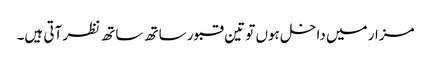
مزار میں داخل ہوں تو تین قبور ساتھ ساتھ نظر آتی ہیں۔